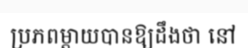
ប្រភពម្តាយបានឱ្យដឹងថា នៅ